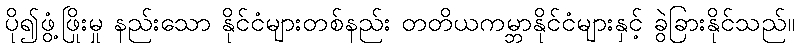
ပို၍ဖွံ့ဖြိုးမှု နည်းသော နိုင်ငံများတစ်နည်း တတိယကမ္ဘာနိုင်ငံများနှင့် ခွဲခြားနိုင်သည်။